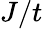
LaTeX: J/t